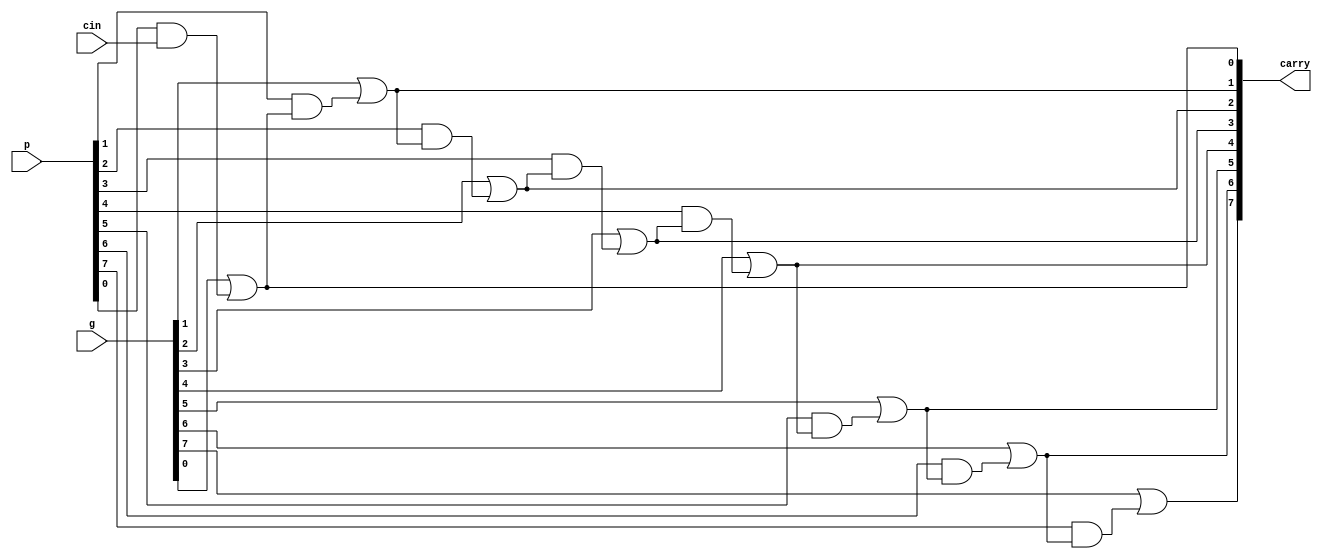
module piece_CLA(
    input [7:0] g, 
    input [7:0] p,
    input cin,

    output [7:0] carry 
);

assign carry[0] = g[0] | (p[0] & cin);
assign carry[1] = g[1] | (p[1] & carry[0]);
assign carry[2] = g[2] | (p[2] & carry [1]);
assign carry[3] = g[3] | (p[3] & carry [2]);
assign carry[4] = g[4] | (p[4] & carry [3]);
assign carry[5] = g[5] | (p[5] & carry [4]);
assign carry[6] = g[6] | (p[6] & carry [5]);
assign carry[7] = g[7] | (p[7] & carry [6]);

endmodule